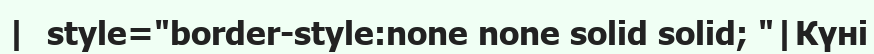
|  style="border-style:none none solid solid; "|Күні